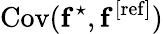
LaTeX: \mathrm{Cov}(\mathbf{f}^{\star},\mathbf{f}^{\mathrm{[ref]}})